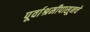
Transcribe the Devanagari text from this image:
पूर्वाश्रमीपासूनचे